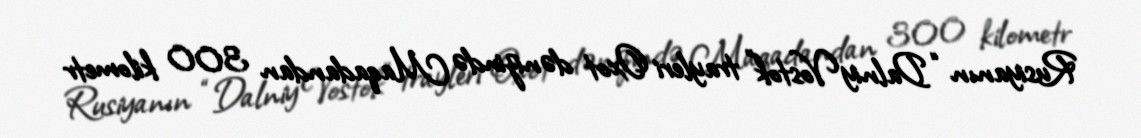
Rusiyanın “Dalniy Vostok” trayleri Oxot dənizində Maqadandan 300 kilometr